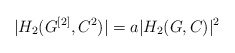
\begin{align*}|H_2(G^{[2]},C^2)| = a |H_2(G,C)|^2\end{align*}